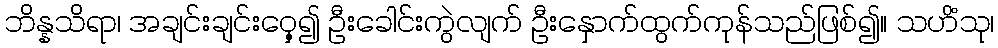
ဘိန္နသိရာ၊ အချင်းချင်းဝှေ့၍ ဦးခေါင်းကွဲလျက် ဦးနှောက်ထွက်ကုန်သည်ဖြစ်၍။ သဟိံသု၊